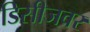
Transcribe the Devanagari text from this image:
डिसीजवर